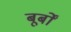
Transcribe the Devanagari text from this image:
बूर्बों